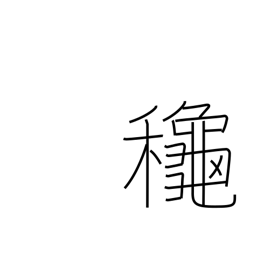
Meaning: autumn